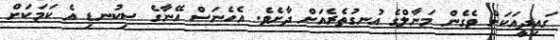
ގައިދީއަކަށް ވެގެން މަނާލްގެ އުނގުތެރެއަށް ދާށެވެ. އެހެނަސް އޭނާގެ ސިކުނޑި އެ ކަމަކަށް